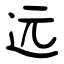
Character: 远